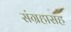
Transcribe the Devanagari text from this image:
संग्रहासह